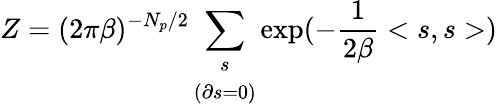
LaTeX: Z=(2\pi\beta)^{-N_{p}/2}\sum_{\begin{array}{c}{{s}}\\ {{\left(\partial s=0\right)}}\end{array}}\exp(-\frac{1}{2\beta}<s,s>)